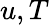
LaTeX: u,T